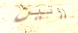
روتين